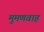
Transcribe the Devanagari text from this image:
मुमणवाह